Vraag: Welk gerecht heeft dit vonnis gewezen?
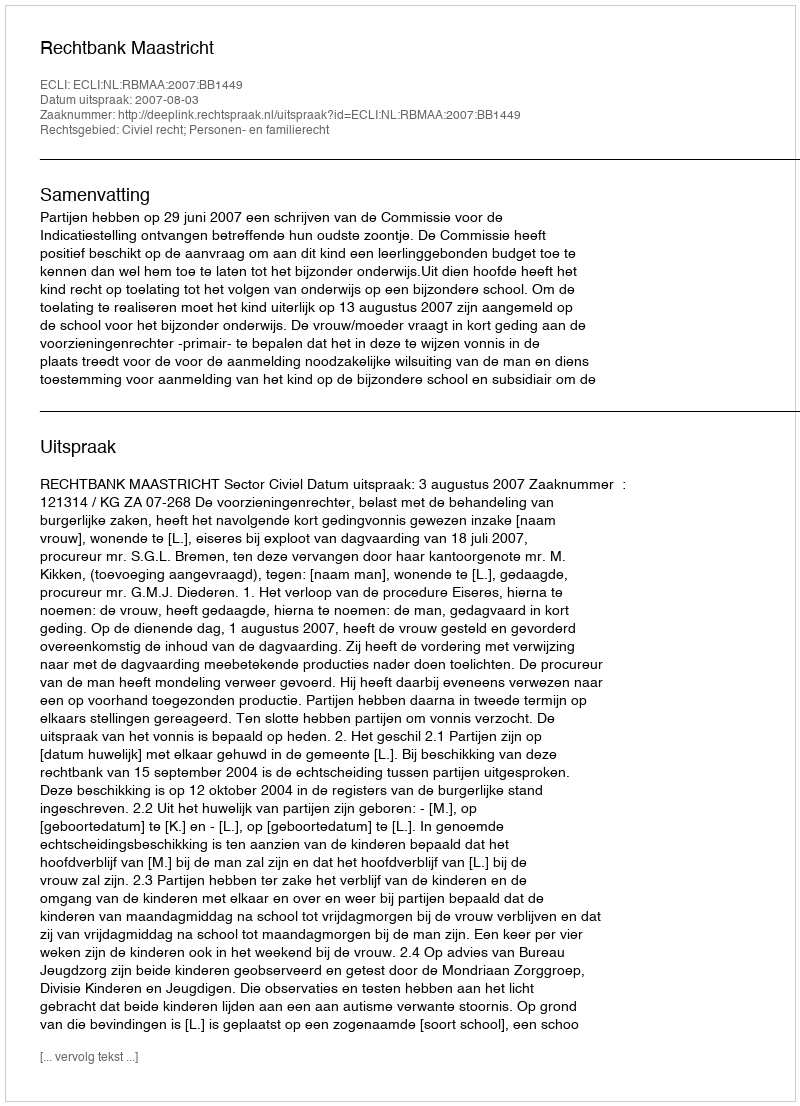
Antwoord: Rechtbank Maastricht